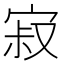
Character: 寂